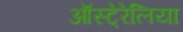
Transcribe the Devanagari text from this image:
ऑस्टे्रेलिया